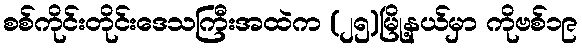
စစ်ကိုင်းတိုင်းဒေသကြီးအထဲက (၂၅)မြို့နယ်မှာ ကိုဗစ်၁၉